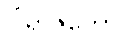
ပါရာဇိကော